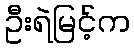
ဦးရဲမြင့်က